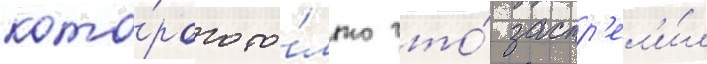
кото́рого то́лько что́ застр'ел'и́л